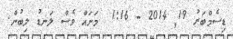
ޑިސެމްބަރު 19